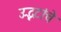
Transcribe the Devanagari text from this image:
उद्भटांचे